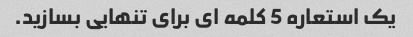
یک استعاره 5 کلمه ای برای تنهایی بسازید.